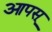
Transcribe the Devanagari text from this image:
आपस्‌